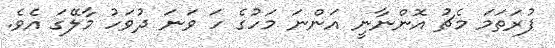
ފުރަތަމަ މެޗު އޮންނާނީ އަންނަ މަހުގެ ހަ ވަނަ ދުވަހު މާލޭގަ އެވެ.